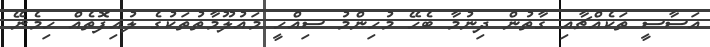
އަސާސީ ތަކެއްޗާއި ގާތުން ދިނުމާ ބެހޭ މުހިންމު ސިއްހީ މައުލޫމާތުތަކުގެ ލުއިފޮތެއް ހިމެނޭ